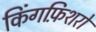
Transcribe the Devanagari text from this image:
किंगफ़िशरों